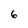
Character: 6